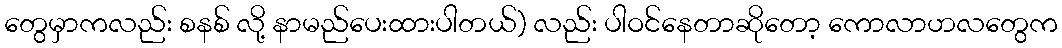
တွေမှာကလည်း စနစ် လို့ နာမည်ပေးထားပါတယ်) လည်း ပါဝင်နေတာဆိုတော့ ကောလာဟလတွေက